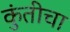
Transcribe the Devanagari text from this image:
कुंतीचा